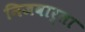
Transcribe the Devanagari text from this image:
निजवार्ता